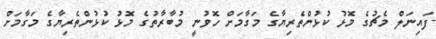
ފައިނަލް މެޗުގެ މޮޅު ކުޅުންތެރިޔާގެ މަގާމަށް ހޮވުނީ މުބާރާތުގެ މޮޅު ކުޅުންތެރިޔާގެ މަގާމަށް